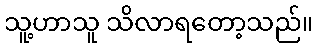
သူ့ဟာသူ သိလာရတော့သည်။